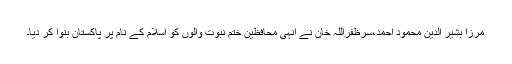
مرزا بشیر الدین محمود احمد،سرظفراللہ خان نے انہی محافظین ختم نبوت والوں کو اسلام کے نام پر پاکستان بنوا کر دیا۔